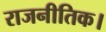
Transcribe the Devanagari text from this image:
राजनीतिक।